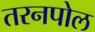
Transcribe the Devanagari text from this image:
तरनपोल